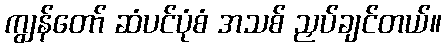
ကျွန်တော် ဆံပင်ပုံစံ အသစ် ညှပ်ချင်တယ်။